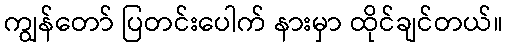
ကျွန်တော် ပြတင်းပေါက် နားမှာ ထိုင်ချင်တယ်။